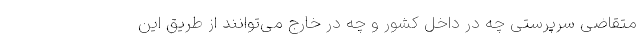
متقاضی سرپرستی چه در داخل کشور و چه در خارج می‌توانند از طریق این